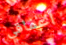
أعماقي